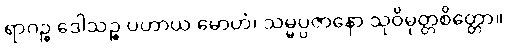
ရာဂဉ္စ ဒေါသဉ္စ ပဟာယ မောဟံ၊ သမ္မပ္ပဇာနော သုဝိမုတ္တစိတ္တော။